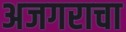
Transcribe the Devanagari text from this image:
अजगराचा